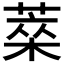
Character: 𦷞